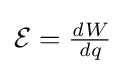
{\textstyle {\mathcal {E}}={\frac {{\mathit {d}}W}{{\mathit {d}}q}}}